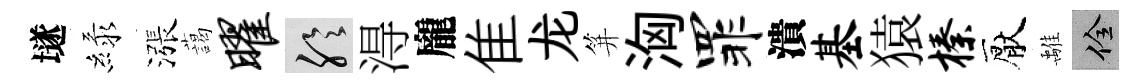
𡑞緑漲藹曜聆淂龐隹龙笄洶罪潰基猿榛厭𩀌佺